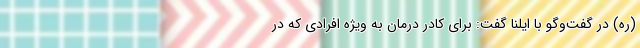
(ره) در گفت‌وگو با ایلنا گفت: برای کادر درمان به ویژه افرادی که در